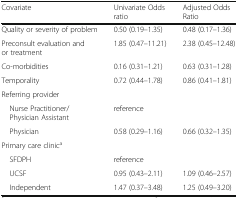
<table><thead><tr><td><b>Covariate</b></td><td><b>Univariate Odds ratio</b></td><td><b>Adjusted Odds Ratio</b></td></tr></thead><tbody><tr><td>Quality or severity of problem</td><td>0.50 (0.19–1.35)</td><td>0.48 (0.17–1.36)</td></tr><tr><td>Preconsult evaluation and or treatment</td><td>1.85 (0.47–11.21)</td><td>2.38 (0.45–12.48)</td></tr><tr><td>Co-morbidities</td><td>0.16 (0.31–1.21)</td><td>0.63 (0.31–1.28)</td></tr><tr><td>Temporality</td><td>0.72 (0.44–1.78)</td><td>0.86 (0.41–1.81)</td></tr><tr><td colspan="3">Referring provider</td></tr><tr><td> Nurse Practitioner/Physician Assistant</td><td colspan="2">reference</td></tr><tr><td> Physician</td><td>0.58 (0.29–1.16)</td><td>0.66 (0.32–1.35)</td></tr><tr><td colspan="3">Primary care clinic<sup>a</sup></td></tr><tr><td> SFDPH</td><td colspan="2">reference</td></tr><tr><td> UCSF</td><td>0.95 (0.43–2.11)</td><td>1.09 (0.46–2.57)</td></tr><tr><td> Independent</td><td>1.47 (0.37–3.48)</td><td>1.25 (0.49–3.20)</td></tr></tbody></table>